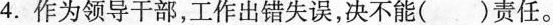
4.作为领导干部，工作出错失误，决不能( )责任。